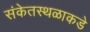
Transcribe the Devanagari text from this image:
संकेतस्थळाकडे